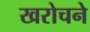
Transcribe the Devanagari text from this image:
खरोचने